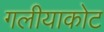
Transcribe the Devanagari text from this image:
गलीयाकोट